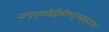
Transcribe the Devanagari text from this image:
म्द्न्द्स्च्वोइद्विओफ्च्न्द्ब्न्च्म्ब्न्व्म्ह्द्स्फ्य्